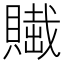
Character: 𧷲